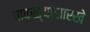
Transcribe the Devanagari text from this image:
पाकळ्यांसारखे